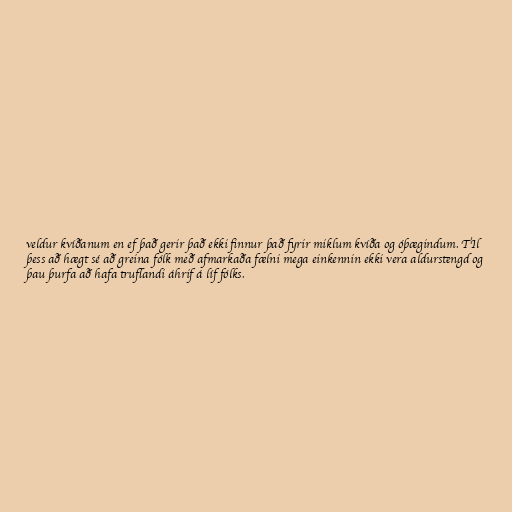
veldur kvíðanum en ef það gerir það ekki finnur það fyrir miklum kvíða og óþægindum. TIl
þess að hægt sé að greina fólk með afmarkaða fælni mega einkennin ekki vera aldurstengd og
þau þurfa að hafa truflandi áhrif á líf fólks.